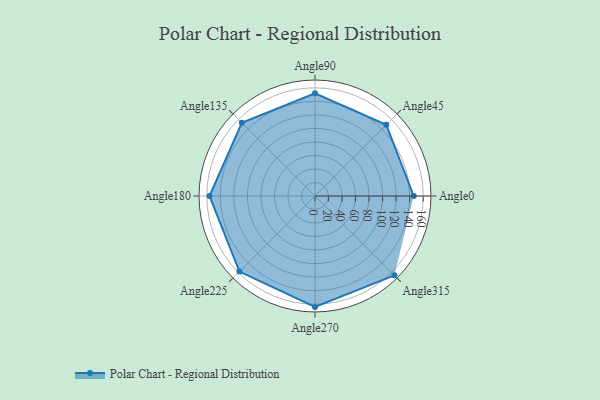
{"axis": {"x": "Angle", "y": "Radius"}, "legend": [""], "data": [{"x": "Angle0", "y": 146.0, "type": ""}, {"x": "Angle45", "y": 149.0, "type": ""}, {"x": "Angle90", "y": 152.0, "type": ""}, {"x": "Angle135", "y": 153.0, "type": ""}, {"x": "Angle180", "y": 156.0, "type": ""}, {"x": "Angle225", "y": 158.0, "type": ""}, {"x": "Angle270", "y": 164.0, "type": ""}, {"x": "Angle315", "y": 166.0, "type": ""}]}